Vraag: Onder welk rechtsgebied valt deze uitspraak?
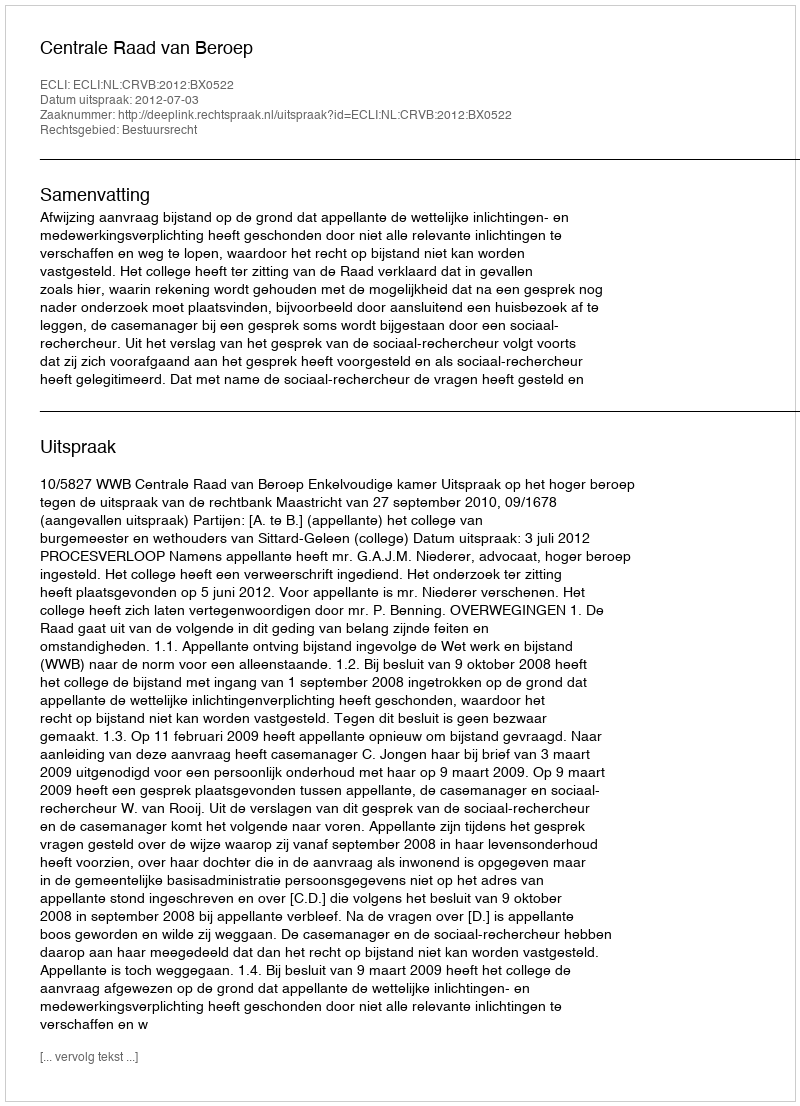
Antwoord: Bestuursrecht